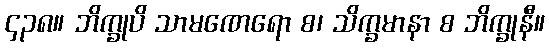
၄၃၈။ ဘိက္ခုပိ သာမဏေရော စ၊ သိက္ခမာနာ စ ဘိက္ခုနီ။